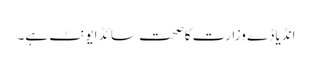
انڈیا ڈے وزارت کاصحت سائڈ ایونٹ ہے۔